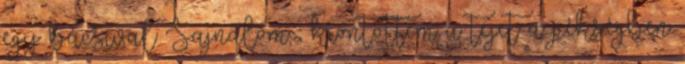
egy bácsival Sajnálom , kiöntöttem a tejet a pékségben